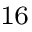
^ { 1 6 }